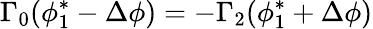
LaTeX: \Gamma_{0}(\phi_{1}^{*}-\Delta\phi)=-\Gamma_{2}(\phi_{1}^{*}+\Delta\phi)